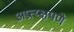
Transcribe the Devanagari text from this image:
अप्रत्य्क्षपणे